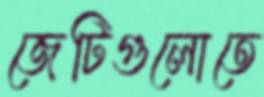
জেটিগুলোতে